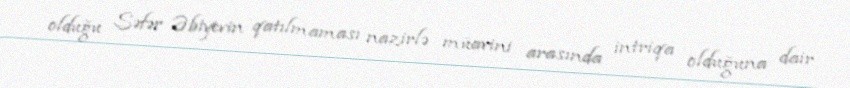
olduğu Səfər Əbiyevin qatılmaması nazirlə müavini arasında intriqa olduğuna dair